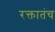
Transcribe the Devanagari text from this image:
रक्तातंच